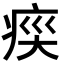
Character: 𭼍